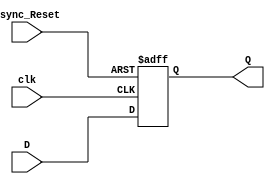
module Falling_Edge_DFF_with_Async_Reset_Low(
	input D,
	input clk,
	input Async_Reset,
	output reg Q
);

always @(negedge clk or negedge Async_Reset)
begin

	if(Async_Reset == 1'b0)
		
		Q <= 1'b0;
		
	else
	
		Q <= D;

end

endmodule